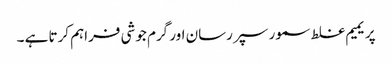
پریمیم غلط سمور سپر رسان اور گرم جوشی فراہم کرتا ہے ۔